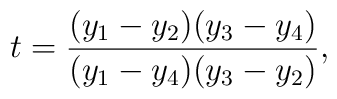
t={(y_1-y_2)(y_3-y_4)\over(y_1-y_4)(y_3-y_2)},